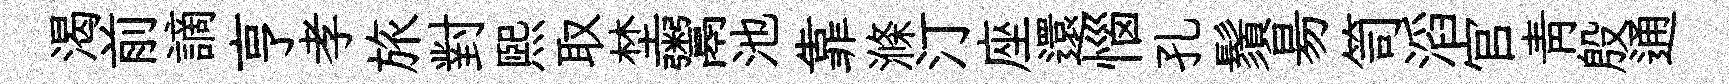
渴前謫亨孝旅對熙取埜鬻池靠滌汀座還惱孔鬚昜笥滔官靑殷通